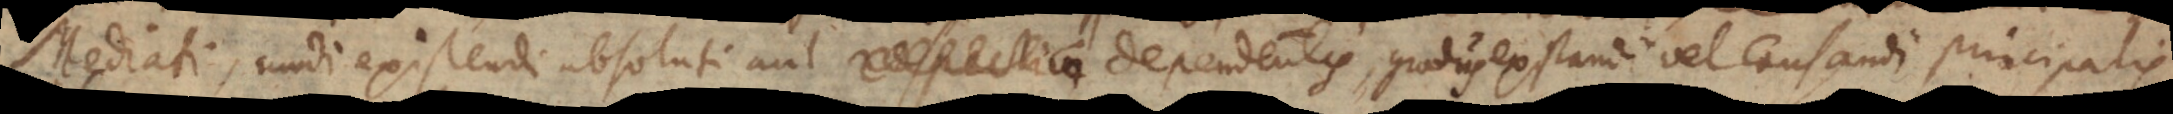
Mediati, modi existendi absoluti aut respectivi dependentis, gradus existendi vel causandi princi